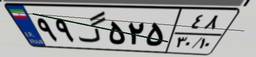
۴۳گ۷۴۶۱۶